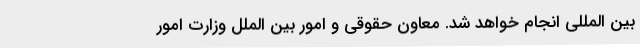
بین المللی انجام خواهد شد. معاون حقوقی و امور بین الملل وزارت امور